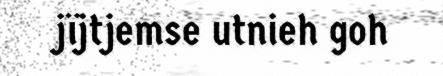
jïjtjemse utnieh goh